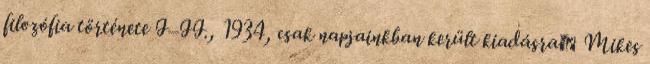
filozófia története I–II., 1934, csak napjainkban került kiadásraː Mikes